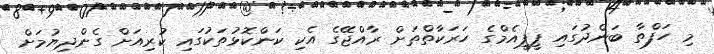
މި ހަފްތާ ބަންދުގައި ޕީޕީއެމްގެ ހަރަކާތްތަށް ރާއްޖޭގެ އެކި ކަންކޮޅުތަކުގައި ކުރިއަށް ގެންދިޔުމަށް